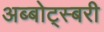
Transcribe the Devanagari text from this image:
अब्बोट्स्बरी